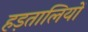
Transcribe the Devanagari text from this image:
हड़तालियों